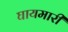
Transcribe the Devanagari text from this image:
घायमारी